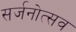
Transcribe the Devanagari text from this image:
सर्जनोत्सव